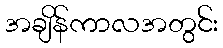
အချိန်ကာလအတွင်း